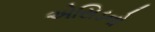
એસિડનો